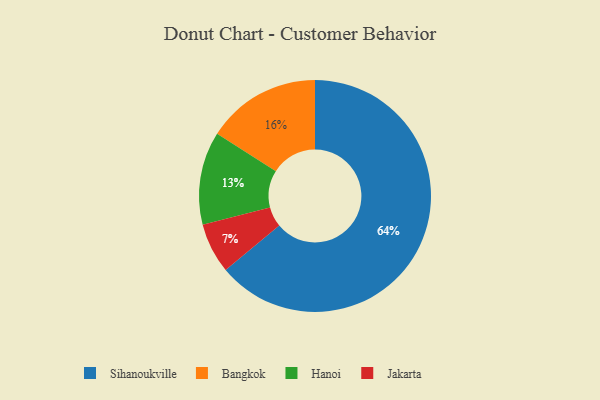
{"axis": {"x": "Category", "y": "Percentage"}, "legend": ["Bangkok", "Hanoi", "Jakarta", "Sihanoukville"], "data": [{"x": "Bangkok", "y": 16, "type": "Bangkok"}, {"x": "Sihanoukville", "y": 64, "type": "Sihanoukville"}, {"x": "Hanoi", "y": 13, "type": "Hanoi"}, {"x": "Jakarta", "y": 7, "type": "Jakarta"}]}